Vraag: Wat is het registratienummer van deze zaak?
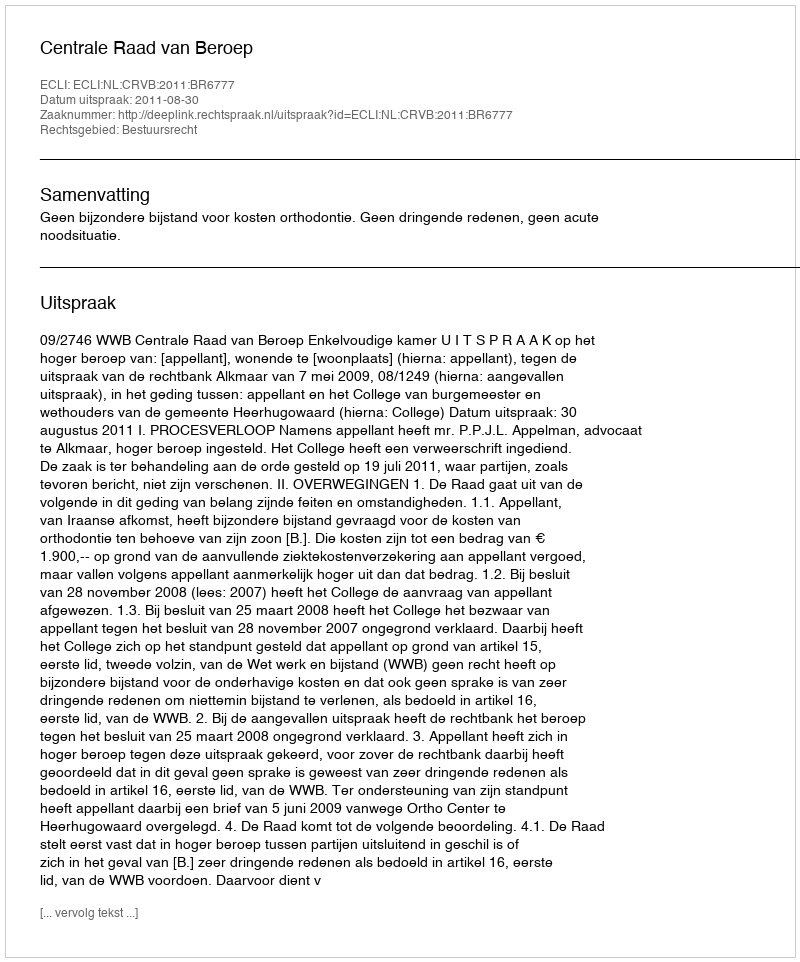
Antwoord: http://deeplink.rechtspraak.nl/uitspraak?id=ECLI:NL:CRVB:2011:BR6777